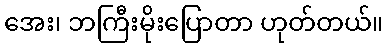
အေး၊ ဘကြီးမိုးပြောတာ ဟုတ်တယ်။